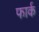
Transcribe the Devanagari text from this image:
फार्क